Vaccination Hyderabad 1872-1889 - 1872-1889
Year: 1872
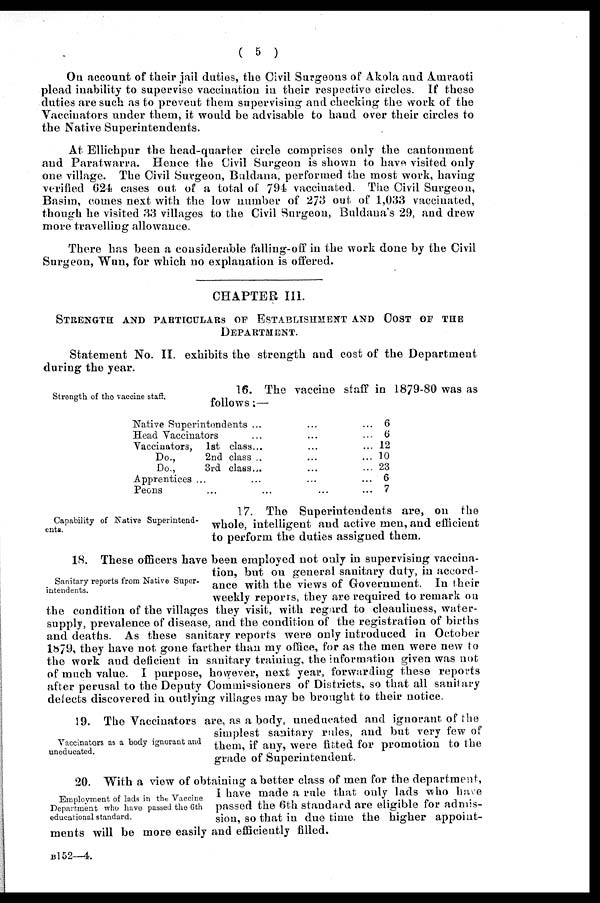
( 5 )
On account of their jail duties, the Civil Surgeons of Akola and Amraoti
plead inability to supervise vaccination in their respective circles. If these
duties are such as to prevent them supervising and checking the work of the
Vaccinators under them, it would be advisable to hand over their circles to
the Native Superintendents.
At Ellichpur the head-quarter circle comprises only the cantonment
and Paratwarra. Hence the Civil Surgeon is shown to have visited only
one village. The Civil Surgeon, Buldana, performed the most work, having
verified 624 cases out of a total of 794 vaccinated. The Civil Surgeon,
Basim, comes next with the low number of 273 out of 1,033 vaccinated,
though he visited 33 villages to the Civil Surgeon, Buldana's 29, and drew
more travelling allowance.
There has been a considerable falling-off in the work done by the Civil
Surgeon, Wun, for which no explanation is offered.
CHAPTER III.
STRENGTH AND PARTICULARS OF ESTABLISHMENT AND COST OF THE
DEPARTMENT.
Statement No. II. exhibits the strength and cost of the Department
during the year.
Strength of the vaccine staff.
16. The vaccine staff in 1879-80 was as
follows;—
Native Superintendents ... ... ...
Head Vaccinators ... ... ...
Vaccinators, 1st class... ... ...
Do.,
2nd class ... ... ...
Do.,
3rd class... ... ...
Apprentices ... ... ... ...
Peons ... ... ... ... ...
6
6
12
10
23
6
7
Capability of Native Superintend-
ents.
17. The Superintendents are, on the
whole, intelligent and active men, and efficient
to perform the duties assigned them.
Sanitary reports from Native Super-
intendents.
18. These officers have been employed not only in supervising vaccina-
tion, but on general sanitary duty, in accord-
ance with the views of Government. In their
weekly reports, they are required to remark on
the condition of the villages they visit, with regard to cleanliness, water-
supply, prevalence of disease, and the condition of the registration of births
and deaths. As these sanitary reports were only introduced in October
1879, they have not gone farther than my office, for as the men were new to
the work and deficient in sanitary training, the information given was not
of much value. I purpose, however, next year, forwarding these reports
after perusal to the Deputy Commissioners of Districts, so that all sanitary
defects discovered in outlying villages may be brought to their notice.
Vaccinato s as a body ignorant and
uneducated.
19. The Vaccinators are, as a body, uneducated and ignorant of the
simplest sanitary rules, and but very few of
them, if any, were fitted for promotion to the
grade of Superintendent.
Employment of lads in the Vaccine
Department who have passed the 6th
educational standard.
20. With a view of obtaining a better class of men for the department,
I have made a rule that only lads who have
passed the 6th standard are eligible for admis-
sion, so that in due time the higher appoint-
ments will be more easily and efficiently filled.
B152—4.